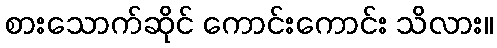
စားသောက်ဆိုင် ကောင်းကောင်း သိလား။